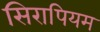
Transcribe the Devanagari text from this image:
सिरापियम